Annual administration report of the Bombay Presidency - 1887-1892
Year: 1887
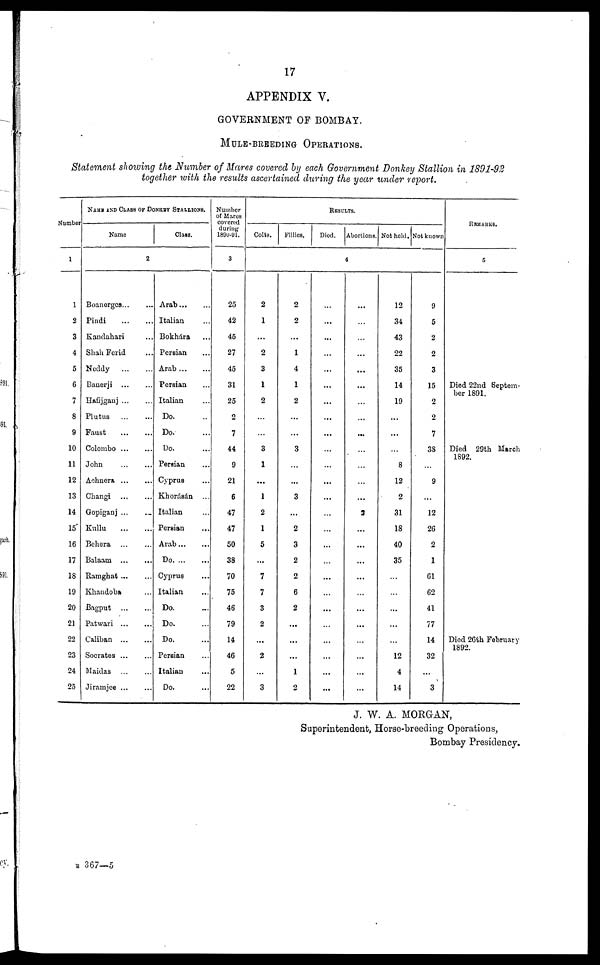
17
APPENDIX V.
GOVERNMENT OF BOMBAY.
MULE-BREEDING OPERATIONS.
Statement showing the Number of Mares covered by each Government Donkey Stallion in 1891-92
together with the results ascertained during the year under report.
Number
1
1
2
3
4
5
6
7
8
9
10
11
12
13
14
15
16
17
18
19
20
21
22
23
24
25
NAME AND CLASS OF DONKEY STALLIONS.
Name
2
Boanerges ... ...
Pindi ... ...
Kandahari ...
Shah Forid ...
Neddy ... ...
Banerji ... ...
Hafijganj ... ...
Plutus ... ...
Faust ... ...
Colombo ... ...
John ... ...
Achnera ... ...
Changi ... ...
Gopiganj ... ...
Kullu ... ...
Behera ... ...
Balaam ... ...
Ramghat ... ...
Khandoba ...
Bagput ... ...
Patwari ... ...
Caliban ... ...
Socrates ... ...
Maidas ... ...
Jiramjee ... ...
Claw.
Arab ... ...
Italian ...
Bokhara
...
Persian ...
Arab ... ...
Persian ...
Italian ...
Do. ...
Do. ...
Do. ...
Persian ...
Cyprus ...
Khorásán
...
Italian ...
Persian ...
Arab ...
Do ...
Cyprus ...
Italian ...
Do. ...
Do. ...
Do. ...
Persian ...
Italian ...
Do. ...
Number
of Marcs
covered
during
1890-91.
3
25
42
45
27
45
31
25
2
7
44
9
21
6
47
47
50
38
70
75
46
79
14
46
5
22
RESULTS.
Colts.
Fillies.
Diod. Abortions. Not held. Not known
4
2
1
...
2
3
1
2
...
...
3
1
...
1
2
1
5
...
7
7
3
2
2
...
3
2
2
...
1
4
1
2
...
...
3
...
...
3
...
2
3
2
2
6
2
...
...
...
1
2
...
...
...
...
...
...
...
...
...
...
...
...
...
...
...
...
...
...
...
...
...
...
...
...
...
...
...
...
...
...
...
...
...
...
...
...
...
...
2
...
...
...
...
...
...
...
...
...
...
...
12
34
43
22
35
14
19
...
...
...
8
12
2
31
18
40
35
...
...
...
...
...
12
4
14
9
5
2
2
3
15
2
2
7
38
...
9
...
12
26
2
1
61
62
41
77
14
32
...
3
REMARKS.
5
Died 22nd Septem-
ber 1891.
Died 29th March
1892.
Died 26th February
1892.
J. W. A. MORGAN,
Superintendent, Horse-breeding Operations,
Bombay Presidency.
B 367—5